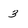
Character: 3